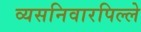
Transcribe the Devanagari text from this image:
व्यसनिवारपिल्ले